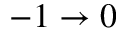
- 1 \rightarrow 0